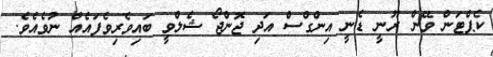
ކެޕްޓަން ވޭން ރޫނީ ޑެނީ އިންގްސް އަދި ޖޮންޖޯ ޝެލްވީ ބައިވެރިވެފައެއް ނުވެއެވެ.